Report of the Indian Hemp Drugs Commission, 1894-1895 - Volume VI
Year: 1894
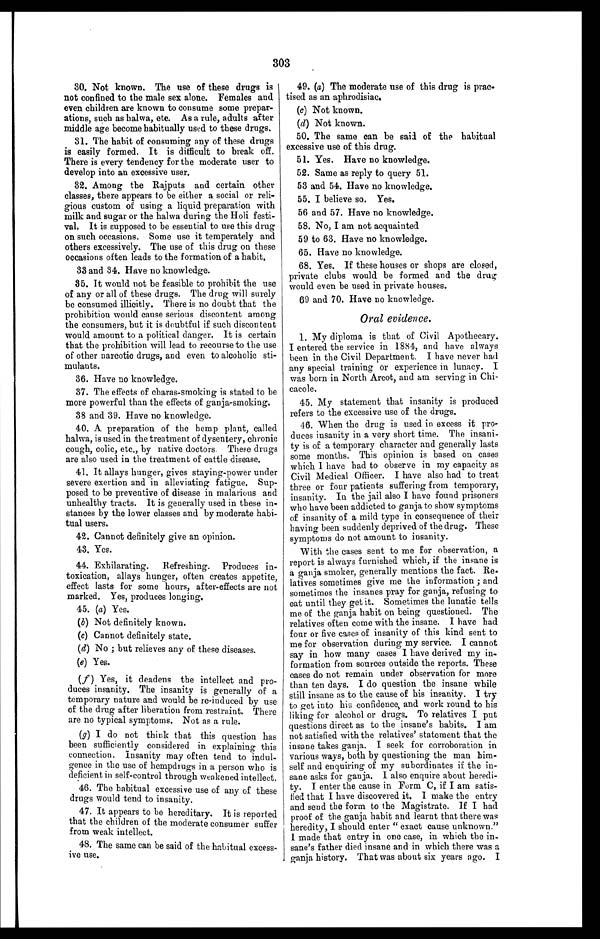
303
30. Not known. The use of these drugs is
not confined to the male sex alone. Females and
even children are known to consume some prepar
- a t i o n s , s u c h a s h a l w a , e t c . A s a r u l e , a d u l t s a f t e r
middle age become habitually used to these drugs.
31. The habit of consuming any of these drugs
is easily formed. It is difficult to break off.
There is every tendency for the moderate user to
develop into an excessive user.
32. Among the Rajputs and certain other
classes, there appears to be either a social or reli
- g i o u s c u s t o m o f u s i n g a l i q u i d p r e p a r a t i o n w i t h
milk and sugar or the halwa during the Holi festi
- v a l . I t i s s u p p o s e d t o b e e s s e n t i a l t o u s e t h i s d r u g
on such occasions. Some use it temperately and
others excessively. The use of this drug on these
occasions often leads to the formation of a habit.
33 and 34. Have no knowledge.
35. It would not be feasible to prohibit the use
of any or all of these drugs. The drug will surely
be consumed illicitly. There is no doubt that the
prohibition would cause serious discontent among
the consumers, but it is doubtful if such discontent
would amount to a political danger. It is certain
that the prohibition will lead to recourse to the use
of other narcotic drugs, and even to alcoholic sti
- m u l a n t s .
36. Have no knowledge.
37. The effects of charas-smoking is stated to be
more powerful than the effects of ganja-smoking.
38 and 39. Have no knowledge.
40. A preparation of the hemp plant, called
halwa, is used in the treatment of dysentery, chronic
cough, colic, etc., by native doctors. These drugs
are also used in the treatment of cattle disease.
41. It allays hunger, gives staying-power under
severe exertion and in alleviating fatigue. Sup
-posed to be preventive of disease in malarious and
unhealthy tracts. It is generally used in these in
-stances by the lower classes and by moderate habi
- t u a l u s e r s .
42. Cannot definitely give an opinion.
43. Yes.
44. Exhilarating. Refreshing. Produces in-
toxication, allays hunger, often creates appetite,
effect lasts for some hours, after-effects are not
marked. Yes, produces longing.
45. (a) Yes.
(b) Not definitely known.
(c) Cannot definitely state.
(d) No; but relieves any of these diseases.
( e ) Y e s .
(f) Yes, it deadens the intellect and pro-
duces insanity. The insanity is generally of a
temporary nature and would be re-induced by use
of the drug after liberation from restraint. There
are no typical symptoms. Not as a rule.
(g) I do not think that this question has
been sufficiently considered in explaining this
connection. Insanity may often tend to indu
l - g e n c e i n t h e u s e o f h e m p d r u g s i n a p e r s o n w h o i s
deficient in self-control through weakened intellect.
46. The habitual excessive use of any of these
drugs would tend to insanity.
47. It appears to be hereditary. It is reported
that the children of the moderate consumer suffer
from weak intellect.
48. The same can be said of the habitual excess-
ive use.
49. (a) The moderate use of this drug is prac-
tised as an aphrodisiac.
(c) Not known.
(d) Not known.
50. The same can be said of the habitual
excessive use of this drug.
51. Yes. Have no knowledge.
52. Same as reply to query 51.
53 and 54. Have no knowledge.
55. I believe so. Yes.
56 and 57. Have no knowledge.
58. No, I am not acquainted
59 to 63. Have no knowledge.
65. Have no knowledge.
68. Yes. If these houses or shops are closed,
private clubs would be formed and the drug
would even be used in private houses.
69 and 70. Have no knowledge.
Oral evidence.
1. My diploma is that of Civil Apothecary.
I entered the service in 1884, and have always
been in the Civil Department. I have never had
any special training or experience in lunacy. I
was born in North Arcot, and. am serving in Chi
-cacole.
45. My statement that insanity is produced
refers to the excessive use of the drugs.
46. When the drug is used in excess it pro-
duces insanity in a very short time. The insani
- t y i s o f a t e m p o r a r y c h a r a c t e r a n d g e n e r a l l y l a s t s
some months. This opinion is based on cases
which I have had to observe in my capacity as
Civil Medical Officer. I have also had to treat
three or four patients suffering from temporary,
insanity. In the jail also I have found prisoners
who have been addicted to ganja to show symptoms
of insanity of a mild type in consequence of their
having been suddenly deprived of the drug. These
symptoms do not amount to insanity.
With the cases sent to me for observation, a
report is always furnished which, if the insane is
a ganja smoker, generally mentions the fact. Re
-latives sometimes give me the information; and
sometimes the insanes pray for ganja, refusing to
eat until they get it. Sometimes the lunatic tells
me of the ganja habit on being questioned. The
relatives often come with the insane. I have had
four or five cases of insanity of this kind sent to
me for observation during my service. I cannot
say in how many cases I have derived my in
-formation from sources outside the reports. These
cases do not remain under observation for more
than ten days. I do question the insane while
still insane as to the cause of his insanity. I try
to get into his confidence, and work round to his
liking for alcohol or drugs. To relatives I put
questions direct as to the insane's habits. I am
not satisfied with the relatives' statement that the
insane takes ganja. I seek for corroboration in
various ways, both by questioning the man him
-self and enquiring of my subordinates if the in
-sane asks for ganja. I also enquire about heredi
-ty. I enter the cause in Form C, if I am satis
-fied that I have discovered it. I make the entry
and send the form to the Magistrate. If I had
proof of the ganja habit and learnt that there was
heredity, I should enter "exact cause unknown.
"I made that entry in one case, in which the in
-sane's father died insane and in which there was a
ganja, history. That was about six years ago. I